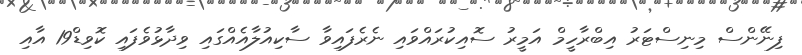
ފިނޭންސް މިނިސްޓަރު އިބްރާހީމް އަމީރު ސޮއިކުރައްވައި ނެރެފައިވާ ސާކިއުލާއެއްގައި ވިދާޅުވެފައި ކޮވިޑް19 އާއި